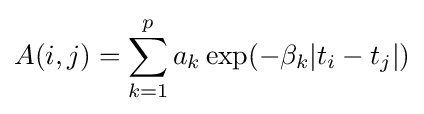
A(i,j)=\sum _{k=1}^{p}a_{k}\exp(-\beta _{k}\vert t_{i}-t_{j}\vert )